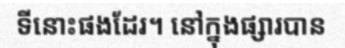
ទីនោះផងដែរ។ នៅក្នុងផ្សារបាន